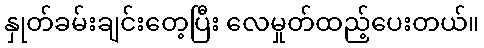
နှုတ်ခမ်းချင်းတေ့ပြီး လေမှုတ်ထည့်ပေးတယ်။